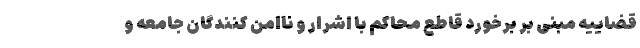
قضاییه مبنی بر برخورد قاطع محاکم با اشرار و ناامن کنندگان جامعه و